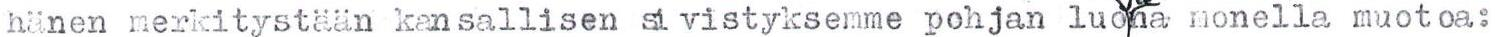
hänen merkitystään kansallisen si vistyksemme pohjan luona monella muotoa: